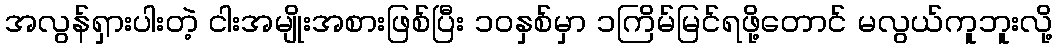
အလွန်ရှားပါးတဲ့ ငါးအမျိုးအစားဖြစ်ပြီး ၁၀နှစ်မှာ ၁ကြိမ်မြင်ရဖို့တောင် မလွယ်ကူဘူးလို့